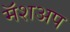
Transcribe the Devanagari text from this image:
मॅशअप